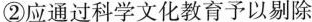
②应通过科学文化教育予以剔除